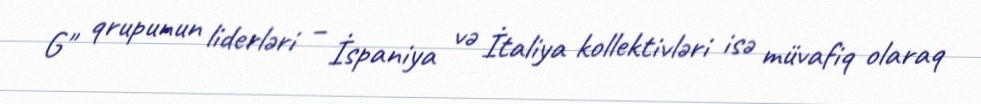
G" qrupunun liderləri – İspaniya və İtaliya kollektivləri isə müvafiq olaraq